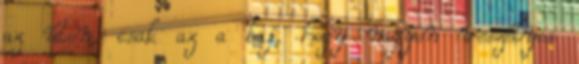
az úton, csak az a baj, hogy nagyon veszélyes